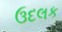
ઉદલક